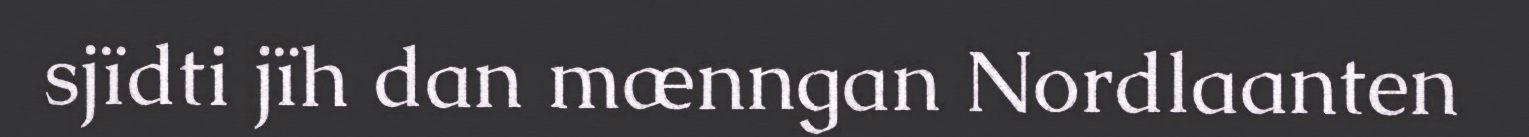
sjïdti jïh dan mænngan Nordlaanten